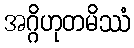
အဂ္ဂိဟုတမိဿံ